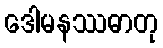
ဒေါမနဿဓာတု